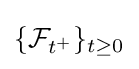
\{{\mathcal {F}}_{t^{+}}\}_{t\geq 0}